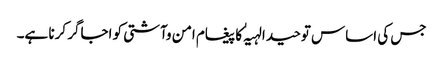
جس کی اساس توحید الہیہٰ کا پیغام امن وآشتی کو اجاگر کرنا ہے۔